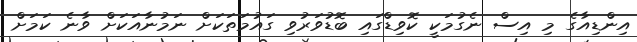
އިންޑިއާގެ މި އިސް ނެގުމަކީ ކޮވިޑްގައި ބޮޑުވަރުވި ގައުމަތަކަށް ނަމުނާއަކަށް ވާނެ ކަމަށް